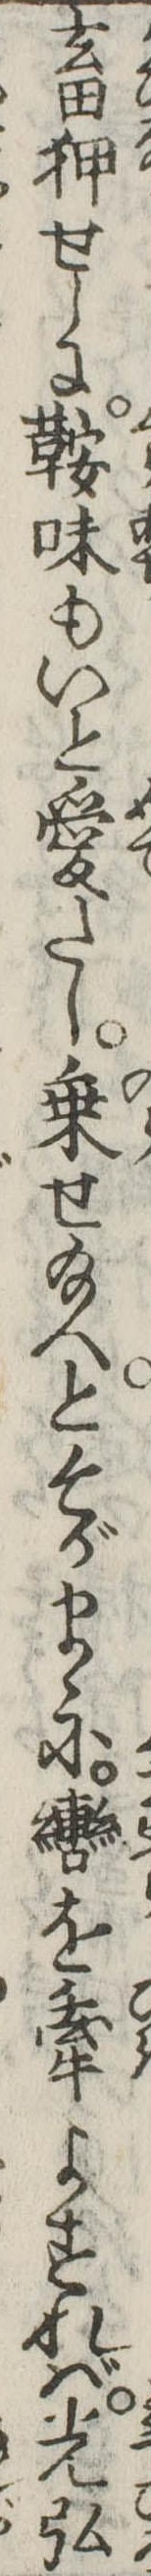
畜狎せしに鞍味もいと愛たし乗せ給へとそがまゝに轡を牽よすれば光弘